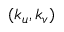
( k _ { u } , k _ { v } )